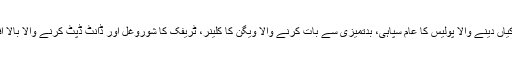
آپ کا رویہ اس سے ایسا ہو کہ سڑک پر جھڑکیاں دینے والا پولیس کا عام سپاہی، بدتمیزی سے بات کرنے والا ویگن کا کلینر، ٹریفک کا شوروغل اور ڈانٹ ڈپٹ کرنے والا بالا افسر سب کچھ اسے پھولوں کی سیج لگنے لگیں۔